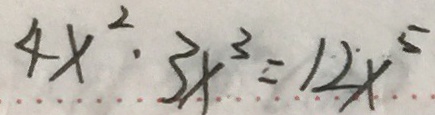
4 x ^ { 2 } \cdot 3 x ^ { 3 } = 1 2 x ^ { 5 }